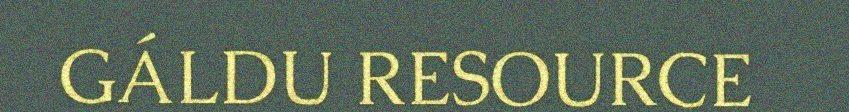
GÁLDU RESOURCE